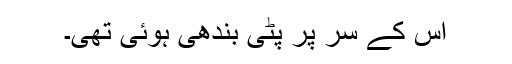
اس کے سر پر پٹی بندھی ہوئی تھی۔